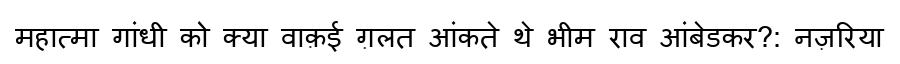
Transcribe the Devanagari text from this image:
महात्मा गांधी को क्या वाक़ई ग़लत आंकते थे भीम राव आंबेडकर?: नज़रिया